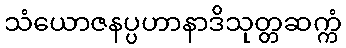
သံယောဇနပ္ပဟာနာဒိသုတ္တဆက္ကံ